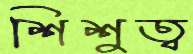
শিশুত্ব